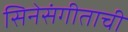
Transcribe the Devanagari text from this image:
सिनेसंगीताची